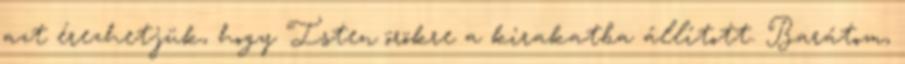
azt érezhetjük, hogy Isten örökre a kirakatba állított. Barátom,